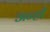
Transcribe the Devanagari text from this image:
अन्हीं